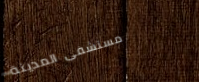
مستشفى المدينة